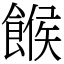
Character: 餱